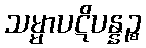
သမ္မာပဋိပန္နဉ္စ